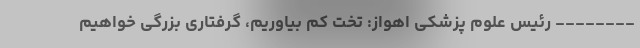
-------- رئیس علوم پزشکی اهواز: تخت کم بیاوریم، گرفتاری بزرگی خواهیم